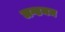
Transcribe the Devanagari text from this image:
लग्डनम